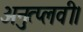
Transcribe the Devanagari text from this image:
अनुत्प्लवी।